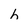
Character: h